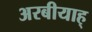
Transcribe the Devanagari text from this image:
अरबीयाह्